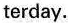
terday.